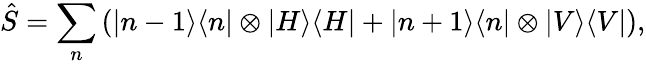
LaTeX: \hat{S}=\sum_{n}\left(|n-1\rangle\langle n|\otimes|H\rangle\langle H|+|n+1\rangle\langle n|\otimes|V\rangle\langle V|\right),